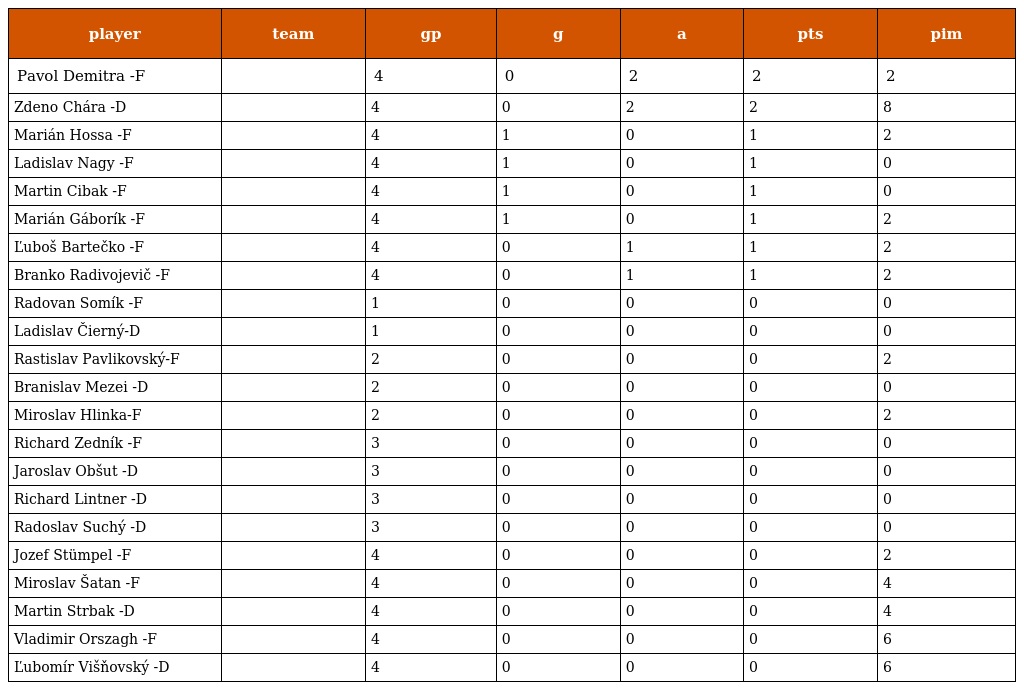
| player | team | gp | g | a | pts | pim |
 | --- | --- | --- | --- | --- | --- | --- |
 | Pavol Demitra -F |  | 4 | 0 | 2 | 2 | 2 |
 | Zdeno Chára -D |  | 4 | 0 | 2 | 2 | 8 |
 | Marián Hossa -F |  | 4 | 1 | 0 | 1 | 2 |
 | Ladislav Nagy -F |  | 4 | 1 | 0 | 1 | 0 |
 | Martin Cibak -F |  | 4 | 1 | 0 | 1 | 0 |
 | Marián Gáborík -F |  | 4 | 1 | 0 | 1 | 2 |
 | Ľuboš Bartečko -F |  | 4 | 0 | 1 | 1 | 2 |
 | Branko Radivojevič -F |  | 4 | 0 | 1 | 1 | 2 |
 | Radovan Somík -F |  | 1 | 0 | 0 | 0 | 0 |
 | Ladislav Čierný-D |  | 1 | 0 | 0 | 0 | 0 |
 | Rastislav Pavlikovský-F |  | 2 | 0 | 0 | 0 | 2 |
 | Branislav Mezei -D |  | 2 | 0 | 0 | 0 | 0 |
 | Miroslav Hlinka-F |  | 2 | 0 | 0 | 0 | 2 |
 | Richard Zedník -F |  | 3 | 0 | 0 | 0 | 0 |
 | Jaroslav Obšut -D |  | 3 | 0 | 0 | 0 | 0 |
 | Richard Lintner -D |  | 3 | 0 | 0 | 0 | 0 |
 | Radoslav Suchý -D |  | 3 | 0 | 0 | 0 | 0 |
 | Jozef Stümpel -F |  | 4 | 0 | 0 | 0 | 2 |
 | Miroslav Šatan -F |  | 4 | 0 | 0 | 0 | 4 |
 | Martin Strbak -D |  | 4 | 0 | 0 | 0 | 4 |
 | Vladimir Orszagh -F |  | 4 | 0 | 0 | 0 | 6 |
 | Ľubomír Višňovský -D |  | 4 | 0 | 0 | 0 | 6 |